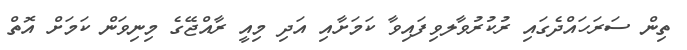
ތިން ސަރަހައްދެގައި ރުކުރުވާލވިފައިވާ ކަމަށާއި އަދި މިއީ ރާއްޖޭގެ މިނިވަން ކަމަށް އޮތް